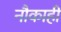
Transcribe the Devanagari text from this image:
नौकाही